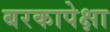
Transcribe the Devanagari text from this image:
बरकापेक्षा